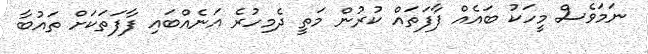
ނަމަވެސް މީހަކު ބައެއް ފާފަތައް ކުރުން މަތީ ދެމިހުރެ އަނެއްބައި ފާފަތަކަށް ތައުބާ